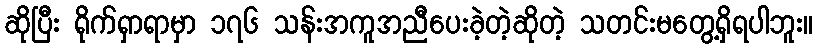
ဆိုပြီး ရိုက်ရှာရာမှာ ၁၇၆ သန်းအကူအညီပေးခဲ့တဲ့ဆိုတဲ့ သတင်းမတွေ့ရှိရပါဘူး။